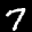
Label: 7